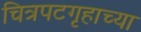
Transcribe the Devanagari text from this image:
चित्रपटगृहाच्या